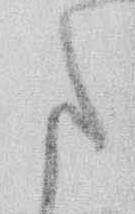
た